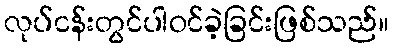
လုပ်ငန်းတွင်ပါဝင်ခဲ့ခြင်းဖြစ်သည်။